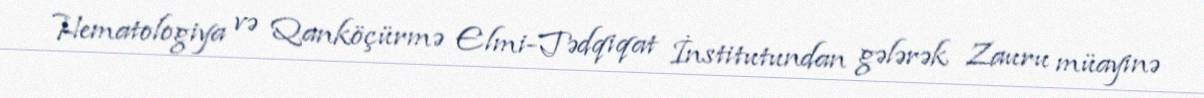
Hematologiya və Qanköçürmə Elmi-Tədqiqat İnstitutundan gələrək Zauru müayinə